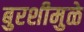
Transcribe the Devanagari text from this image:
बुरशीमुळे